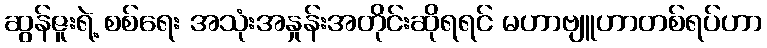
ဆွန်ဇူးရဲ့ စစ်ရေး အသုံးအနှုန်းအတိုင်းဆိုရရင် မဟာဗျူဟာတစ်ရပ်ဟာ